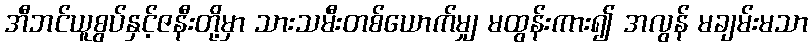
အီဘင်ယူစွပ်နှင့်ဇနီးတို့မှာ သားသမီးတစ်ယောက်မျှ မထွန်းကား၍ အလွန် မချမ်းမသာ